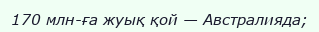
170 млн-ға жуық қой — Австралияда;